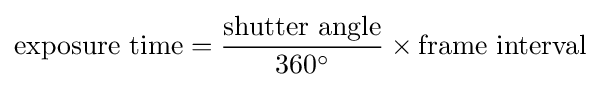
\mathrm {exposure\ time} ={\frac {\mathrm {shutter\ angle} }{360^{\circ }}}\times \mathrm {frame\ interval}